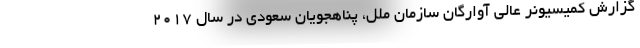
گزارش کمیسیونر عالی آوارگان سازمان ملل، پناهجویان سعودی در سال ۲۰۱۷